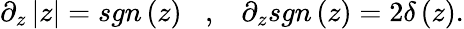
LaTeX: \partial_{z}\left|z\right|=sgn\left(z\right)\; \; \; ,\; \; \; \partial_{z}sgn\left(z\right)=2\delta\left(z\right).